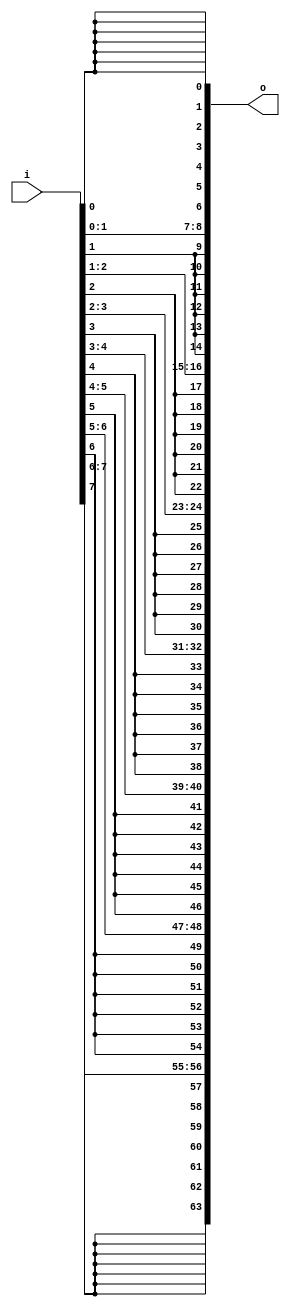
module bsg_expand_bitmask_in_width_p8_expand_p8
(
  i,
  o
);

  input [7:0] i;
  output [63:0] o;
  wire [63:0] o;
  wire o_63_,o_55_,o_47_,o_39_,o_31_,o_23_,o_15_,o_7_;
  assign o_63_ = i[7];
  assign o[56] = o_63_;
  assign o[57] = o_63_;
  assign o[58] = o_63_;
  assign o[59] = o_63_;
  assign o[60] = o_63_;
  assign o[61] = o_63_;
  assign o[62] = o_63_;
  assign o[63] = o_63_;
  assign o_55_ = i[6];
  assign o[48] = o_55_;
  assign o[49] = o_55_;
  assign o[50] = o_55_;
  assign o[51] = o_55_;
  assign o[52] = o_55_;
  assign o[53] = o_55_;
  assign o[54] = o_55_;
  assign o[55] = o_55_;
  assign o_47_ = i[5];
  assign o[40] = o_47_;
  assign o[41] = o_47_;
  assign o[42] = o_47_;
  assign o[43] = o_47_;
  assign o[44] = o_47_;
  assign o[45] = o_47_;
  assign o[46] = o_47_;
  assign o[47] = o_47_;
  assign o_39_ = i[4];
  assign o[32] = o_39_;
  assign o[33] = o_39_;
  assign o[34] = o_39_;
  assign o[35] = o_39_;
  assign o[36] = o_39_;
  assign o[37] = o_39_;
  assign o[38] = o_39_;
  assign o[39] = o_39_;
  assign o_31_ = i[3];
  assign o[24] = o_31_;
  assign o[25] = o_31_;
  assign o[26] = o_31_;
  assign o[27] = o_31_;
  assign o[28] = o_31_;
  assign o[29] = o_31_;
  assign o[30] = o_31_;
  assign o[31] = o_31_;
  assign o_23_ = i[2];
  assign o[16] = o_23_;
  assign o[17] = o_23_;
  assign o[18] = o_23_;
  assign o[19] = o_23_;
  assign o[20] = o_23_;
  assign o[21] = o_23_;
  assign o[22] = o_23_;
  assign o[23] = o_23_;
  assign o_15_ = i[1];
  assign o[8] = o_15_;
  assign o[9] = o_15_;
  assign o[10] = o_15_;
  assign o[11] = o_15_;
  assign o[12] = o_15_;
  assign o[13] = o_15_;
  assign o[14] = o_15_;
  assign o[15] = o_15_;
  assign o_7_ = i[0];
  assign o[0] = o_7_;
  assign o[1] = o_7_;
  assign o[2] = o_7_;
  assign o[3] = o_7_;
  assign o[4] = o_7_;
  assign o[5] = o_7_;
  assign o[6] = o_7_;
  assign o[7] = o_7_;

endmodule